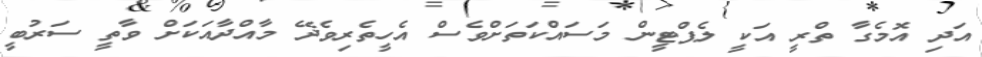
އަދި އޮމެގާ ތްރީ އަކީ ލެޕްޓީން މަސައްކަތަށްވެސް އެހީތެރިވެދޭ މާއްދާއަކަށް ވާތީ ސަރުބީ